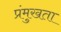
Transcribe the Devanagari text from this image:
प्रंमुखता